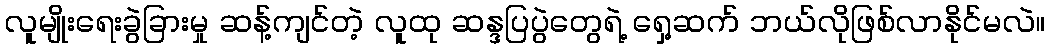
လူမျိုးရေးခွဲခြားမှု ဆန့်ကျင်တဲ့ လူထု ဆန္ဒပြပွဲတွေရဲ့ ရှေ့ဆက် ဘယ်လိုဖြစ်လာနိုင်မလဲ။